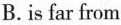
B. is far from